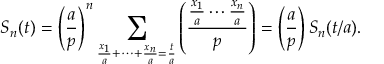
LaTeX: S _ { n } ( t ) = \left( { \frac { a } { p } } \right) ^ { n } \sum _ { { \frac { x _ { 1 } } { a } } + \cdots + { \frac { x _ { n } } { a } } = { \frac { t } { a } } } \left( { \frac { { \frac { x _ { 1 } } { a } } \cdots { \frac { x _ { n } } { a } } } { p } } \right) = \left( { \frac { a } { p } } \right) S _ { n } ( t / a ) .